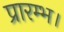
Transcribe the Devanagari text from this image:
प्रारम्‍भ।